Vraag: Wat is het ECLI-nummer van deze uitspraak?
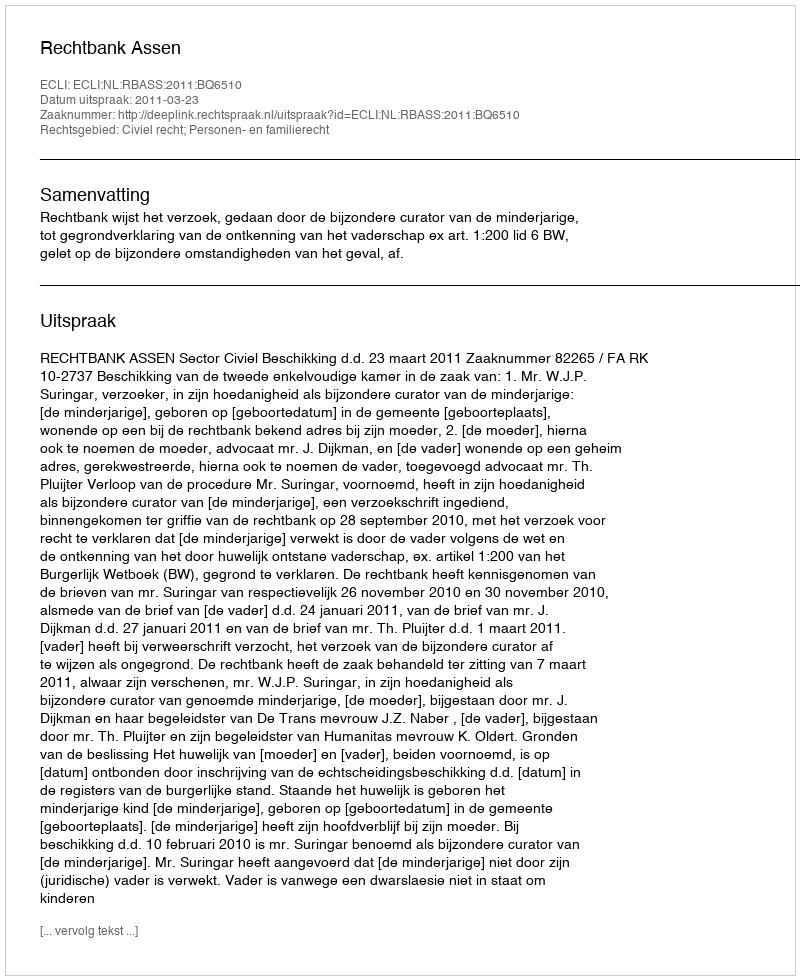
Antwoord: ECLI:NL:RBASS:2011:BQ6510